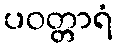
ပဝတ္တာရံ